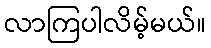
လာကြပါလိမ့်မယ်။